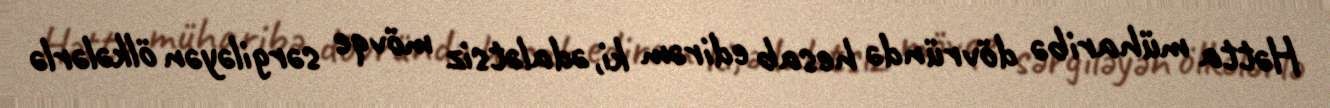
Hətta müharibə dövründə hesab edirəm ki, ədalətsiz mövqe sərgiləyən ölkələrlə